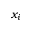
x _ { i }